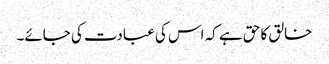
خالق کا حق ہے کہ اس کی عبادت کی جائے۔